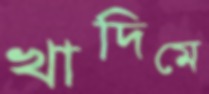
খাদিমে